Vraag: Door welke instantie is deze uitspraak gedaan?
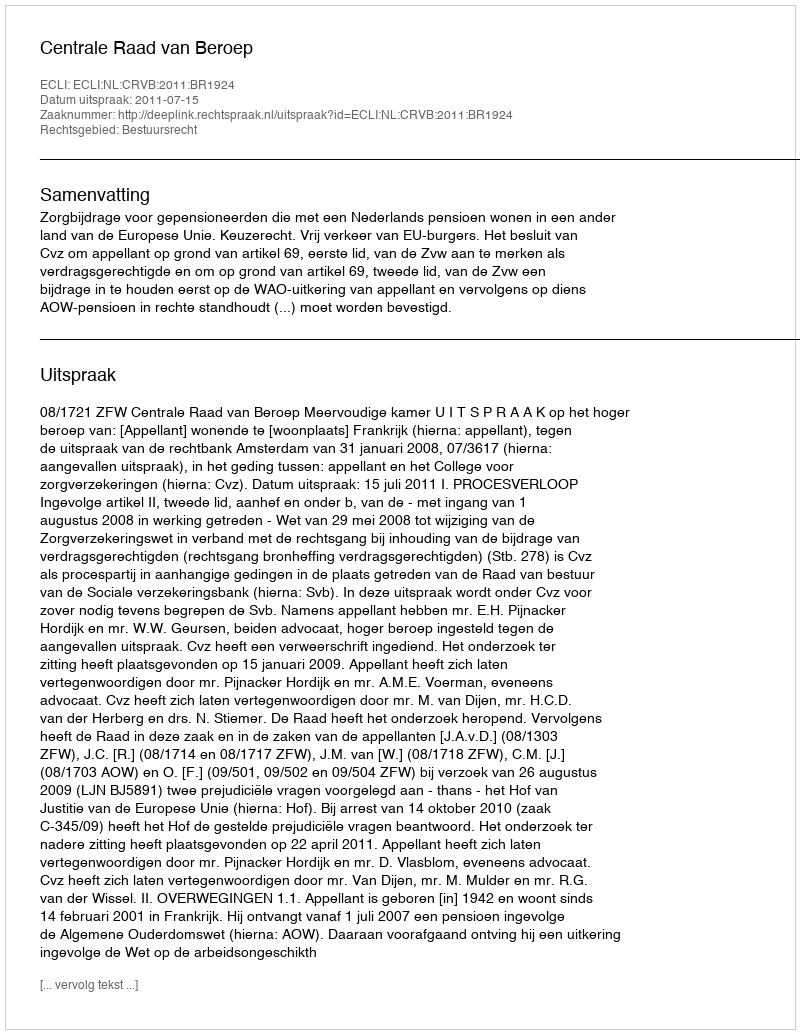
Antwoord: Centrale Raad van Beroep